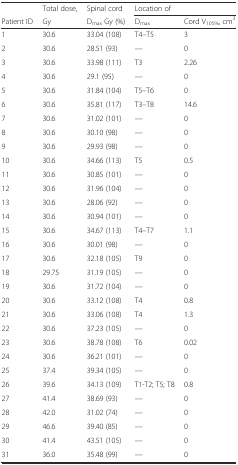
<table><thead><tr><td></td><td><b>Total dose,</b></td><td><b>Spinal cord</b></td><td colspan="2"><b>Location of</b></td></tr><tr><td><b>Patient ID</b></td><td><b>Gy</b></td><td><b>D<sub>max</sub> Gy (%)</b></td><td><b>D<sub>max</sub></b></td><td><b>Cord V<sub>105%</sub>, cm<sup>3</sup></b></td></tr></thead><tbody><tr><td>1</td><td>30.6</td><td>33.04 (108)</td><td>T4–T5</td><td>3</td></tr><tr><td>2</td><td>30.6</td><td>28.51 (93)</td><td>—</td><td>0</td></tr><tr><td>3</td><td>30.6</td><td>33.98 (111)</td><td>T3</td><td>2.26</td></tr><tr><td>4</td><td>30.6</td><td>29.1 (95)</td><td>—</td><td>0</td></tr><tr><td>5</td><td>30.6</td><td>31.84 (104)</td><td>T5–T6</td><td>0</td></tr><tr><td>6</td><td>30.6</td><td>35.81 (117)</td><td>T3–T8</td><td>14.6</td></tr><tr><td>7</td><td>30.6</td><td>31.02 (101)</td><td>—</td><td>0</td></tr><tr><td>8</td><td>30.6</td><td>30.10 (98)</td><td>—</td><td>0</td></tr><tr><td>9</td><td>30.6</td><td>29.93 (98)</td><td>—</td><td>0</td></tr><tr><td>10</td><td>30.6</td><td>34.66 (113)</td><td>T5</td><td>0.5</td></tr><tr><td>11</td><td>30.6</td><td>30.85 (101)</td><td>—</td><td>0</td></tr><tr><td>12</td><td>30.6</td><td>31.96 (104)</td><td>—</td><td>0</td></tr><tr><td>13</td><td>30.6</td><td>28.06 (92)</td><td>—</td><td>0</td></tr><tr><td>14</td><td>30.6</td><td>30.94 (101)</td><td>—</td><td>0</td></tr><tr><td>15</td><td>30.6</td><td>34.67 (113)</td><td>T4–T7</td><td>1.1</td></tr><tr><td>16</td><td>30.6</td><td>30.01 (98)</td><td>—</td><td>0</td></tr><tr><td>17</td><td>30.6</td><td>32.18 (105)</td><td>T9</td><td>0</td></tr><tr><td>18</td><td>29.75</td><td>31.19 (105)</td><td>—</td><td>0</td></tr><tr><td>19</td><td>30.6</td><td>31.72 (104)</td><td>—</td><td>0</td></tr><tr><td>20</td><td>30.6</td><td>33.12 (108)</td><td>T4</td><td>0.8</td></tr><tr><td>21</td><td>30.6</td><td>33.06 (108)</td><td>T4</td><td>1.3</td></tr><tr><td>22</td><td>30.6</td><td>37.23 (105)</td><td>—</td><td>0</td></tr><tr><td>23</td><td>30.6</td><td>38.78 (108)</td><td>T6</td><td>0.02</td></tr><tr><td>24</td><td>30.6</td><td>36.21 (101)</td><td>—</td><td>0</td></tr><tr><td>25</td><td>37.4</td><td>39.34 (105)</td><td>—</td><td>0</td></tr><tr><td>26</td><td>39.6</td><td>34.13 (109)</td><td>T1-T2; T5; T8</td><td>0.8</td></tr><tr><td>27</td><td>41.4</td><td>38.69 (93)</td><td>—</td><td>0</td></tr><tr><td>28</td><td>42.0</td><td>31.02 (74)</td><td>—</td><td>0</td></tr><tr><td>29</td><td>46.6</td><td>39.40 (85)</td><td>—</td><td>0</td></tr><tr><td>30</td><td>41.4</td><td>43.51 (105)</td><td>—</td><td>0</td></tr><tr><td>31</td><td>36.0</td><td>35.48 (99)</td><td>—</td><td>0</td></tr></tbody></table>